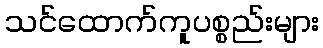
သင်ထောက်ကူပစ္စည်းများ